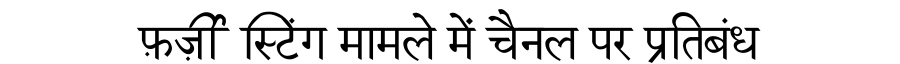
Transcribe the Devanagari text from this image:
फ़र्ज़ी स्टिंग मामले में चैनल पर प्रतिबंध